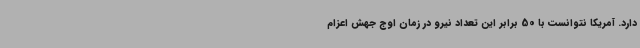
دارد. آمریکا نتوانست با 50 برابر این تعداد نیرو در زمان اوج جهش اعزام